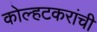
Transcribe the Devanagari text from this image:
कोल्हटकरांची